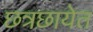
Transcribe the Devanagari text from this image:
छत्रछायेत